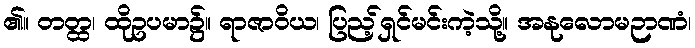
၏။ တတ္ထ၊ ထိုဥပမာ၌။ ရာဇာဝိယ၊ ပြည့်ရှင်မင်းကဲ့သို့။ အနုလောမဉာဏံ၊